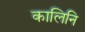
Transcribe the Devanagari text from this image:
कालिनि